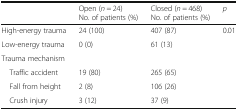
<table><thead><tr><td></td><td><b>Open (<i>n</i> = 24)No. of patients (%)</b></td><td><b>Closed (<i>n</i> = 468)No. of patients (%)</b></td><td><b><i>p</i></b></td></tr></thead><tbody><tr><td>High-energy trauma</td><td>24 (100)</td><td>407 (87)</td><td>0.01</td></tr><tr><td>Low-energy trauma</td><td>0 (0)</td><td>61 (13)</td><td></td></tr><tr><td colspan="3">Trauma mechanism</td><td></td></tr><tr><td> Traffic accident</td><td>19 (80)</td><td>265 (65)</td><td></td></tr><tr><td> Fall from height</td><td>2 (8)</td><td>106 (26)</td><td></td></tr><tr><td> Crush injury</td><td>3 (12)</td><td>37 (9)</td><td></td></tr></tbody></table>